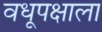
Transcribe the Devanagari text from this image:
वधूपक्षाला